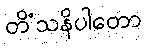
တိံသနိပါတော